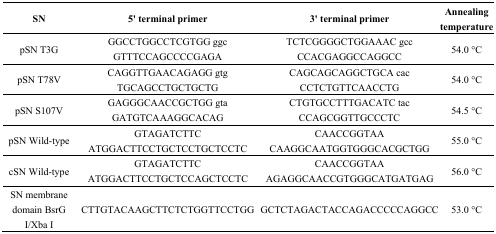
<table><thead><tr><td><b>SN</b></td><td><b>5′ terminal primer</b></td><td><b>3′ terminal primer</b></td><td><b>Annealing temperature</b></td></tr></thead><tbody><tr><td>pSN T3G</td><td>GGCCTGGCCTCGTGG ggcGTTTCCAGCCCCGAGA</td><td>TCTCGGGGCTGGAAAC gccCCACGAGGCCAGGCC</td><td>54.0 °C</td></tr><tr><td>pSN T78V</td><td>CAGGTTGAACAGAGG gtgTGCAGCCTGCTGCTG</td><td>CAGCAGCAGGCTGCA cacCCTCTGTTCAACCTG</td><td>54.0 °C</td></tr><tr><td>pSN S107V</td><td>GAGGGCAACCGCTGG gtaGATGTCAAAGGCACAG</td><td>CTGTGCCTTTGACATC tacCCAGCGGTTGCCCTC</td><td>54.5 °C</td></tr><tr><td>pSN Wild-type</td><td>GTAGATCTTCATGGACTTCCTGCTCCTGCTCCTC</td><td>CAACCGGTAACAAGGCAATGGTGGGCACGCTGG</td><td>55.0 °C</td></tr><tr><td>cSN Wild-type</td><td>GTAGATCTTCATGGACTTCCTGCTCCAGCTCCTC</td><td>CAACCGGTAAAGAGGCAACCGTGGGCATGATGAG</td><td>56.0 °C</td></tr><tr><td>SN membrane domain BsrG I/Xba I</td><td>CTTGTACAAGCTTCTCTGGTTCCTGG</td><td>GCTCTAGACTACCAGACCCCCAGGCC</td><td>53.0 °C</td></tr></tbody></table>